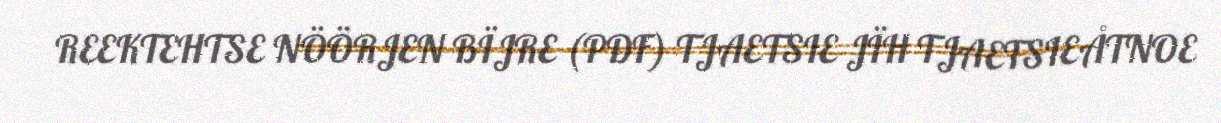
REEKTEHTSE NÖÖRJEN BÏJRE (PDF) TJAETSIE JÏH TJAETSIEÅTNOE